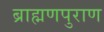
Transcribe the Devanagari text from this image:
ब्राह्मणपुराण